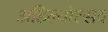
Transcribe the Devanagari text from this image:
अहिल्योत्सव